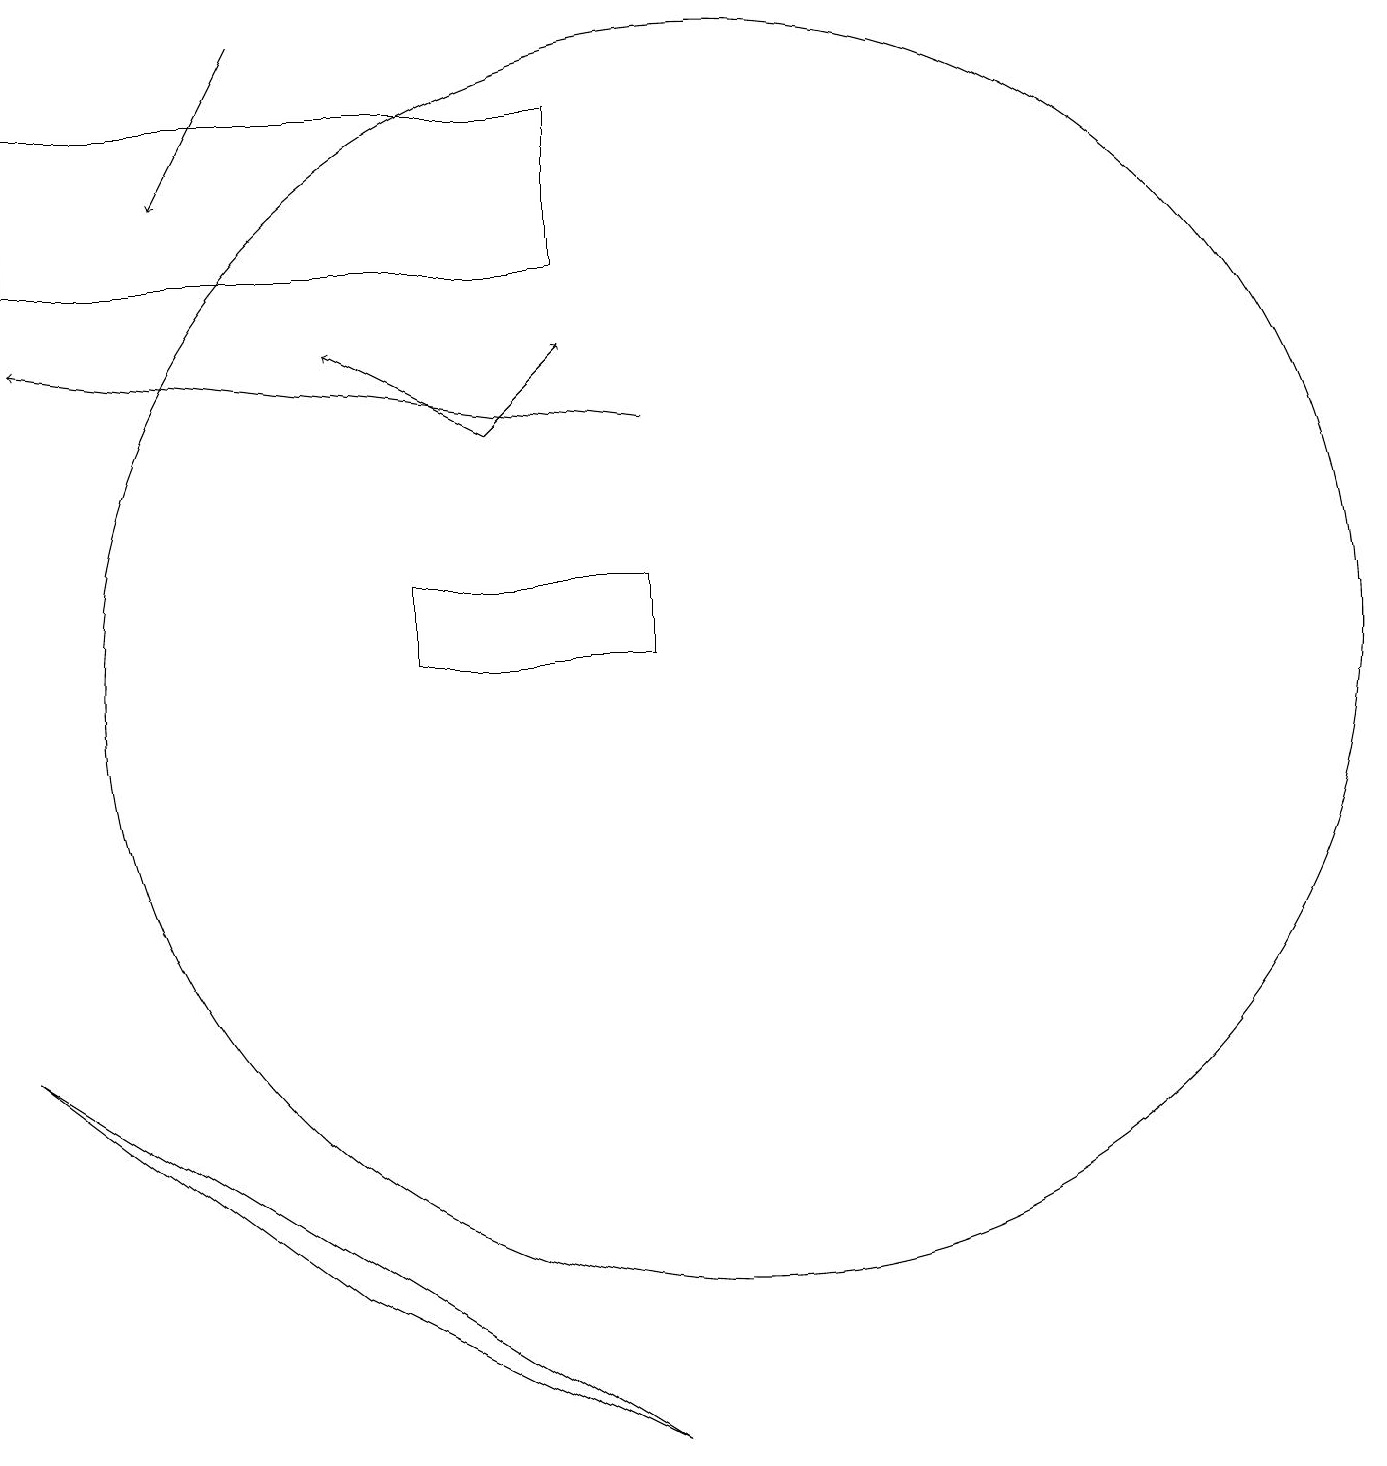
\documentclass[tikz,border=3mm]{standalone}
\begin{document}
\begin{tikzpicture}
\draw (10,10) circle (8);
\draw (9,0) -- (1,5) -- (5,2) -- cycle;
\draw[->] (7,13) -- (8,14);
\draw (8,17) rectangle (1,15);
\draw[->] (7,13) -- (5,14);
\draw[->] (4,18) -- (3,16);
\draw[->] (9,13) -- (1,14);
\draw (9,11) rectangle (6,10);
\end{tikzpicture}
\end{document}